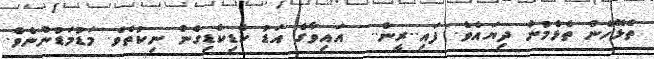
ތެޅޭހެން ތެޅެމުން ދިޔައެވެ. ފައި..ރީން..  އައިވާގެ އަޑު ކެޑިކެޑިގެން ނިކުތެވެ. މަޑުމަޑުންނެވެ.